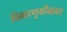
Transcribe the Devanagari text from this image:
निवडणुकीबाबत